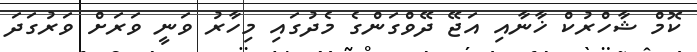
ކޮމް ޝާހްރުކް ޚާނާއި އަޖޭ ދޭވްގަންގެ މެދުގައި މިހާރު ވަނީ ވަރަށް ވަރުގަދަ